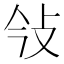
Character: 㪁